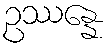
ဥဿန္နေ